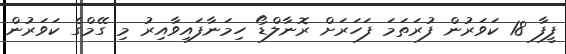
ފީފާ 18 ކަވަރުން ފުރަތަމަ ފަހަރަށް ރޮނާލްޑޯ ހިމަނާފައިވާއިރު މި ގޭމްގެ ކަވަރުން